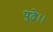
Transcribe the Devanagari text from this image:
पुढे।।